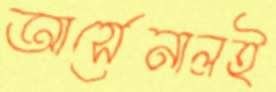
আর্সেনালই